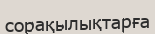
сорақылықтарға